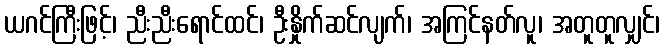
ယဂင်ကြီးဖြင့်၊ ညီးညီးရောင်ထင်၊ ဦးနှိုက်ဆင်လျက်၊ အကြင်နတ်လူ၊ အတူတူလျှင်၊